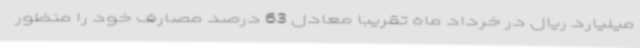
میلیارد ریال در خرداد ماه تقریباً معادل 63 درصد مصارف خود را منظور